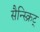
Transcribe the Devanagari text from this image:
सैन्स्क्रिट्